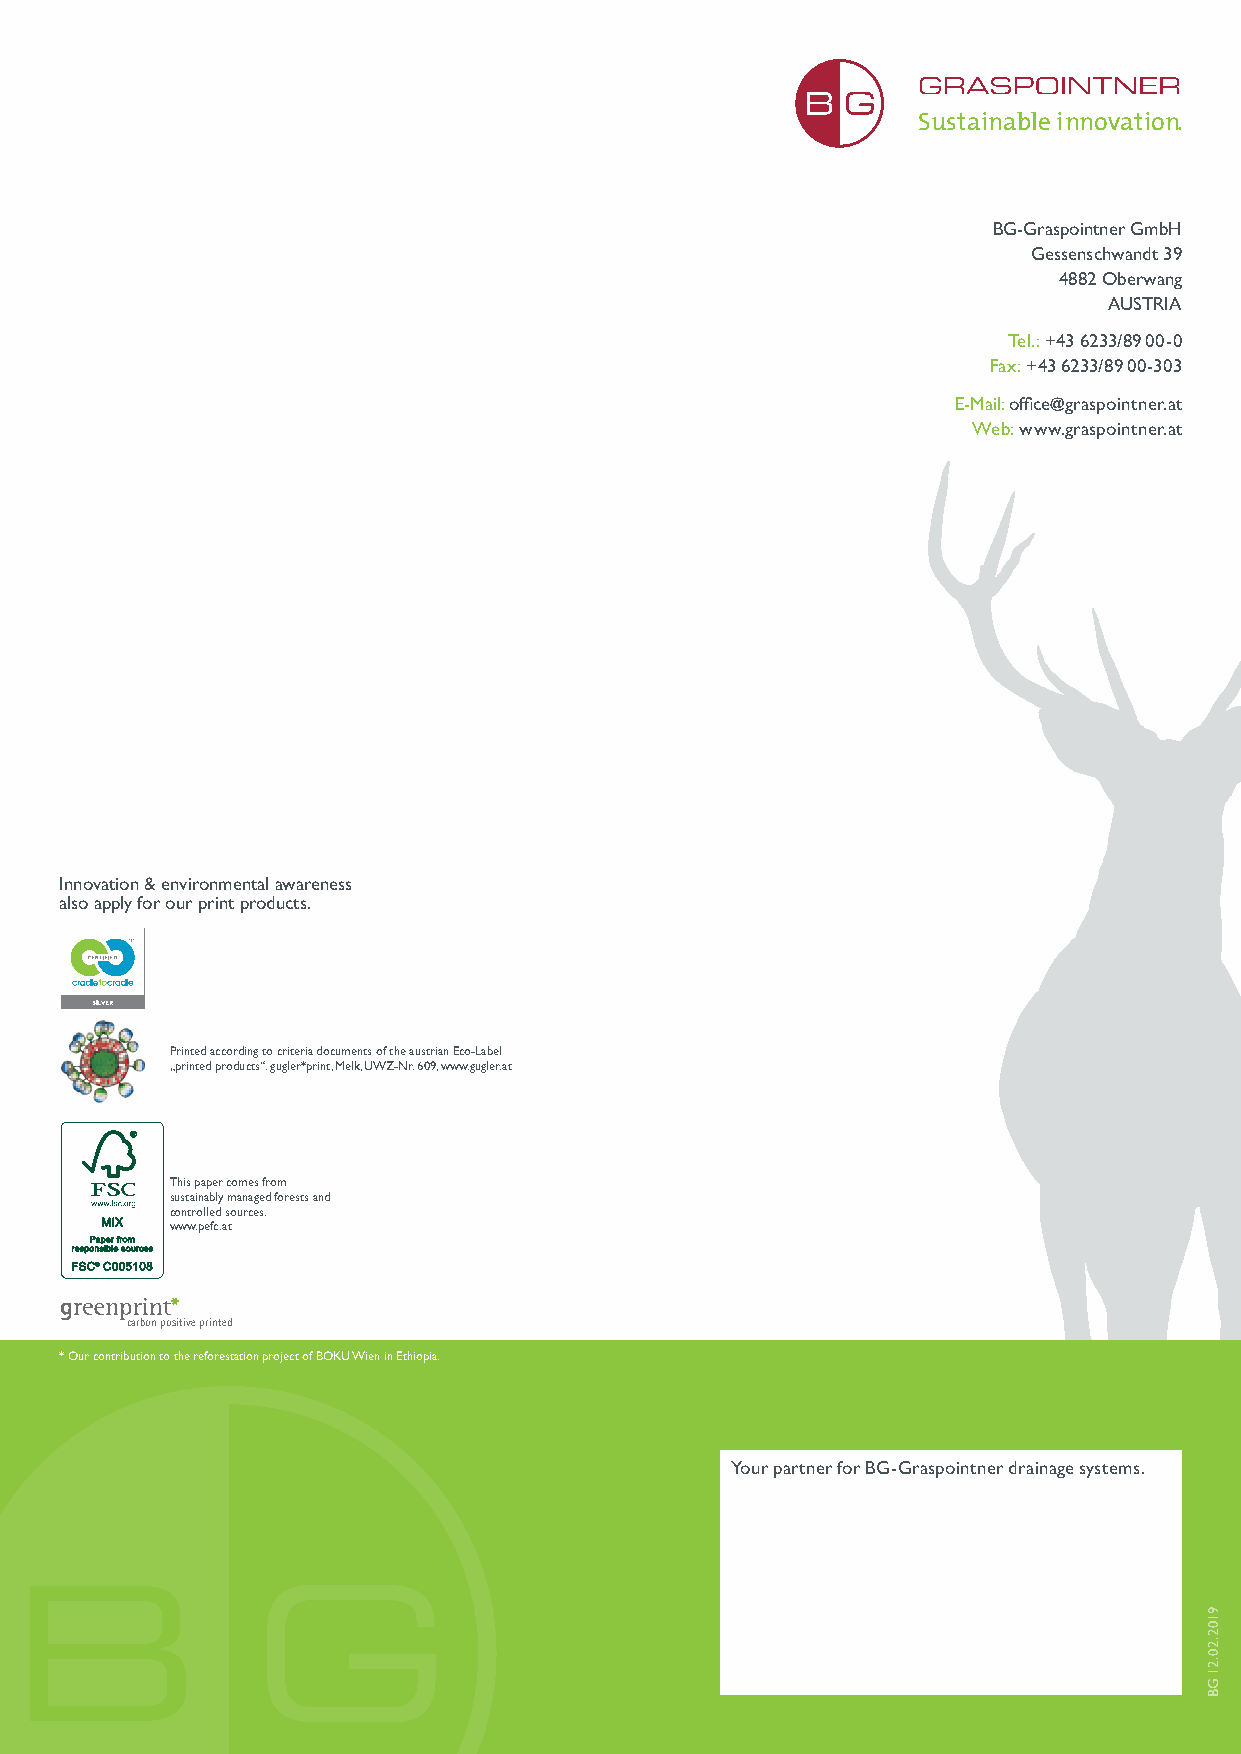
Sustainable innovation.
 BG-Graspointner GmbH
 Gessenschwandt 39
 4882 Oberwang
 AUSTRIA
 Tel.: +43 6233/8900-0
 Fax: +43 6233/8900-303
 E-Mail: office@graspointner.at
 Web: www.graspointner.at
 Innovation & environmental awareness
 also apply for our print products.
 Höchster Standard für Ökoeffektivität.
 Cradle to CradleTM zertifizierte
 Druckprodukte innovated by gugler*.
 Printed according to criteria documents of the austrian Eco-Label
 „printed products“. gugler*print, Melk, UWZ-Nr. 609, www.gugler.at
 This paper comes from
 sustainably managed forests and
 controlled sources.
 www.pefc.at
 carbon positive printed
 * Our contribution to the reforestation project of BOKU Wien in Ethiopia.
 Your partner for BG-Graspointner drainage systems.
 9102.20.21
 GB